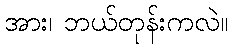
အား၊ ဘယ်တုန်းကလဲ။